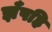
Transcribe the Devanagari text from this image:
झँपहि